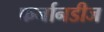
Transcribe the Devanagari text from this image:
फर्नानडीज